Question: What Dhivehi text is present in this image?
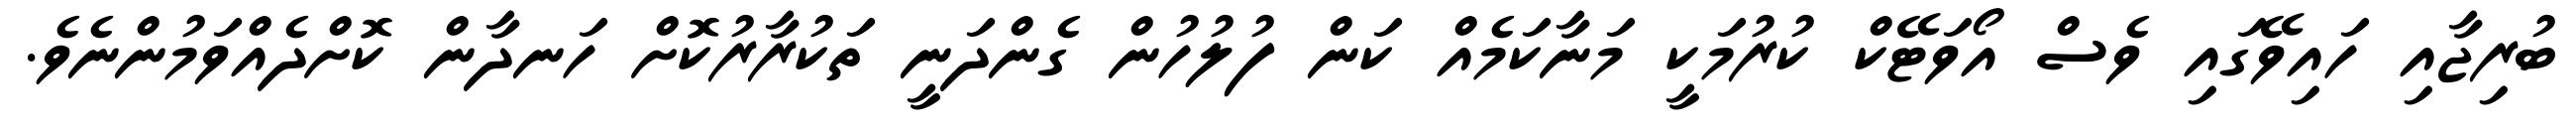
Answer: ބުރިޖާއި ހައިވޭގައި ވެސް އޯވަޓޭކް ކުރުމަކީ މަނާކަމެއް ކަން ފުލުހުން ގެންދަނީ ތަކުރާރުކޮށް ހަނދާން ކޮށްދެއްވަމުންނެވެ.